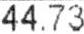
44.73